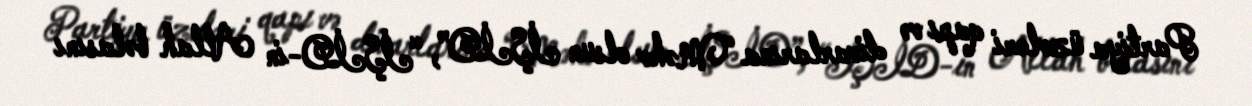
Partiya üzvləri qapı və divarlarına “Məhv olsun İŞİD”, “İŞİD-in Allah bəlasını